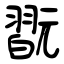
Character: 翫